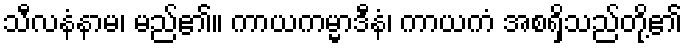
သီလနံနာမ၊ မည်၏။ ကာယကမ္မာဒီနံ၊ ကာယကံ အစရှိသည်တို့၏